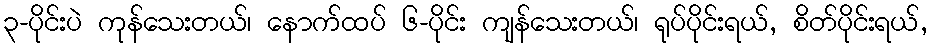
၃-ပိုင်းပဲ ကုန်သေးတယ်၊ နောက်ထပ် ၆-ပိုင်း ကျန်သေးတယ်၊ ရုပ်ပိုင်းရယ်, စိတ်ပိုင်းရယ်,